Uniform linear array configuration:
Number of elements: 64
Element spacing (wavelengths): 0.5
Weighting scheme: hamming
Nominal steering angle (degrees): -15
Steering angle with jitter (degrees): -16.475
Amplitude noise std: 0.05
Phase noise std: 0.05

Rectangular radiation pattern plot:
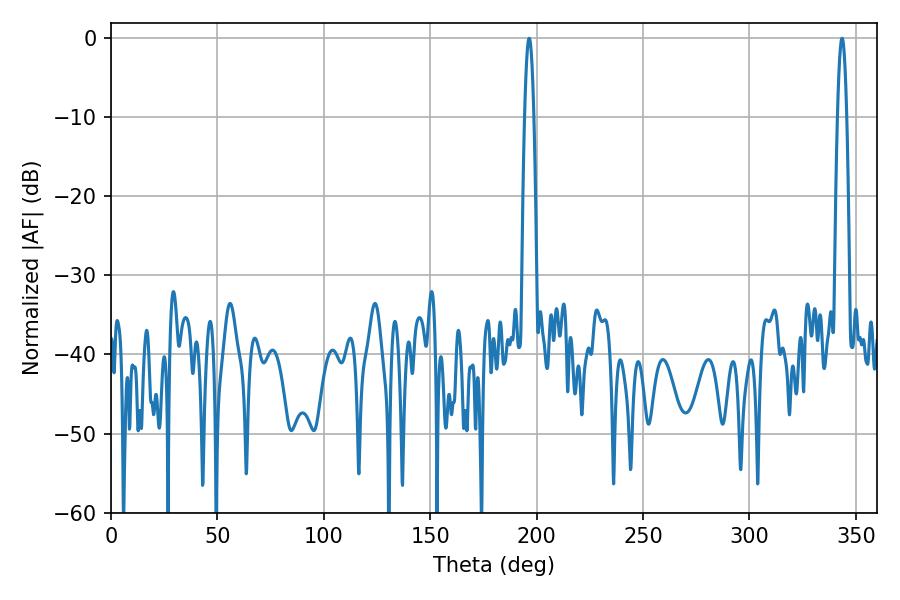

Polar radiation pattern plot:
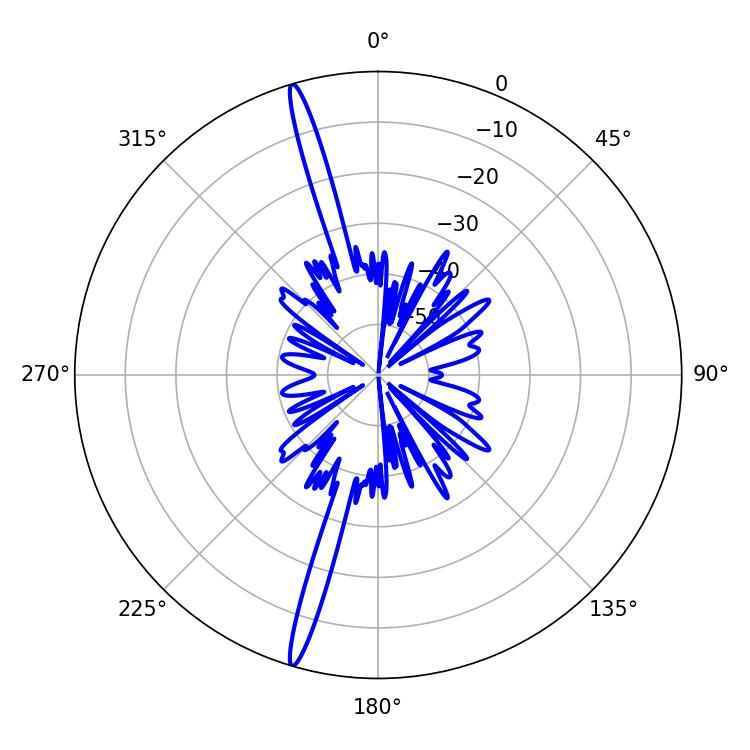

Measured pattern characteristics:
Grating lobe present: FALSE
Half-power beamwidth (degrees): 2.34
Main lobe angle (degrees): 196.56